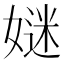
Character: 㜆